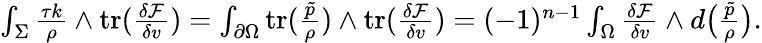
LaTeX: \begin{array}{r}{\int_{\Sigma}\frac{\tau k}{\rho}\wedge\mathrm{tr}(\frac{\delta\mathcal{F}}{\delta v})=\int_{\partial\Omega}\mathrm{tr}(\frac{\tilde{p}}{\rho})\wedge\mathrm{tr}(\frac{\delta\mathcal{F}}{\delta v})=(-1)^{n-1}\int_{\Omega}\frac{\delta\mathcal{F}}{\delta v}\wedge d\big(\frac{\tilde{p}}{\rho}\big).}\end{array}